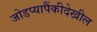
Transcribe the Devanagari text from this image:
जोडप्यापैंकीदेखील